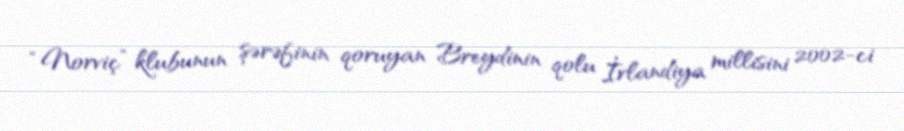
“Norviç” klubunun şərəfinin qoruyan Breydinin qolu İrlandiya millisini 2002-ci